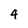
Character: 4